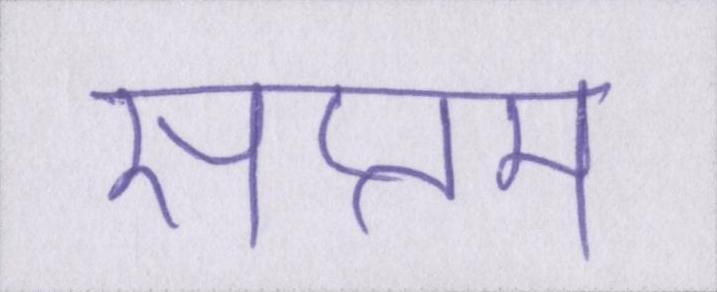
सप्तम